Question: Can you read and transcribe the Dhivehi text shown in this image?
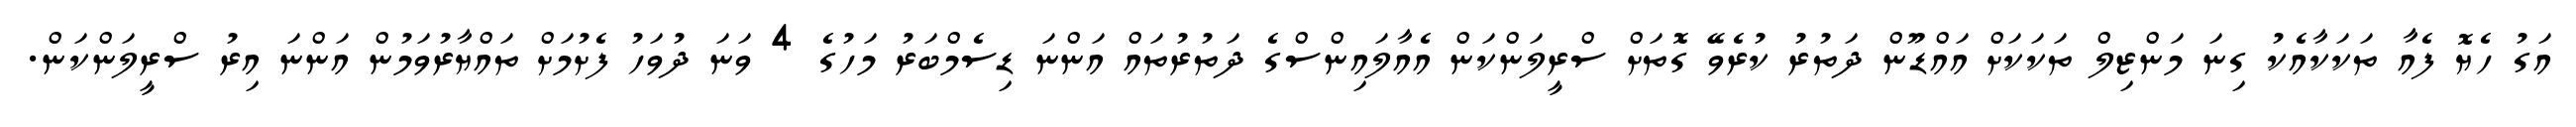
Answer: އަގު ހެޔޮ ފެއާ ތަކަކާއެކު ގިނަ މަންޒިލް ތަކަކަށް އައްޑޫން ދަތުރު ކުރެވޭ ގޮތަށް ސްރީލަންކަން އެއާލައިންސްގެ ދަތުރުތައް އަންނަ ޑިސެމްބަރު މަހުގެ 4 ވަނަ ދުވަހު ފެށުމަށް ތައްޔާރުވަމުން އަންނަ އިރު ސްރީލަންކަން.